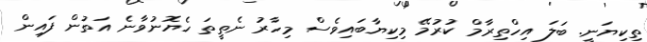
ތިކިޔަނީ. ބަލަ އިހްތިރާމް ކުރުމޭ މިކިޔާބައިވެސް މިހާރު ނެތީތަ ހެޔޮނުވާނެ އަތުން ފައިން